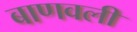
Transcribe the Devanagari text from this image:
बाणवली